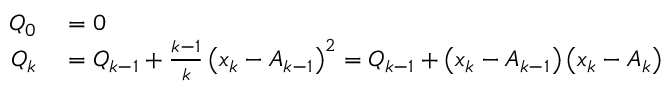
\begin{array} { r l } { Q _ { 0 } } & { { } = 0 } \\ { Q _ { k } } & { { } = Q _ { k - 1 } + { \frac { k - 1 } { k } } \left( x _ { k } - A _ { k - 1 } \right) ^ { 2 } = Q _ { k - 1 } + \left( x _ { k } - A _ { k - 1 } \right) \left( x _ { k } - A _ { k } \right) } \end{array}